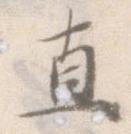
直